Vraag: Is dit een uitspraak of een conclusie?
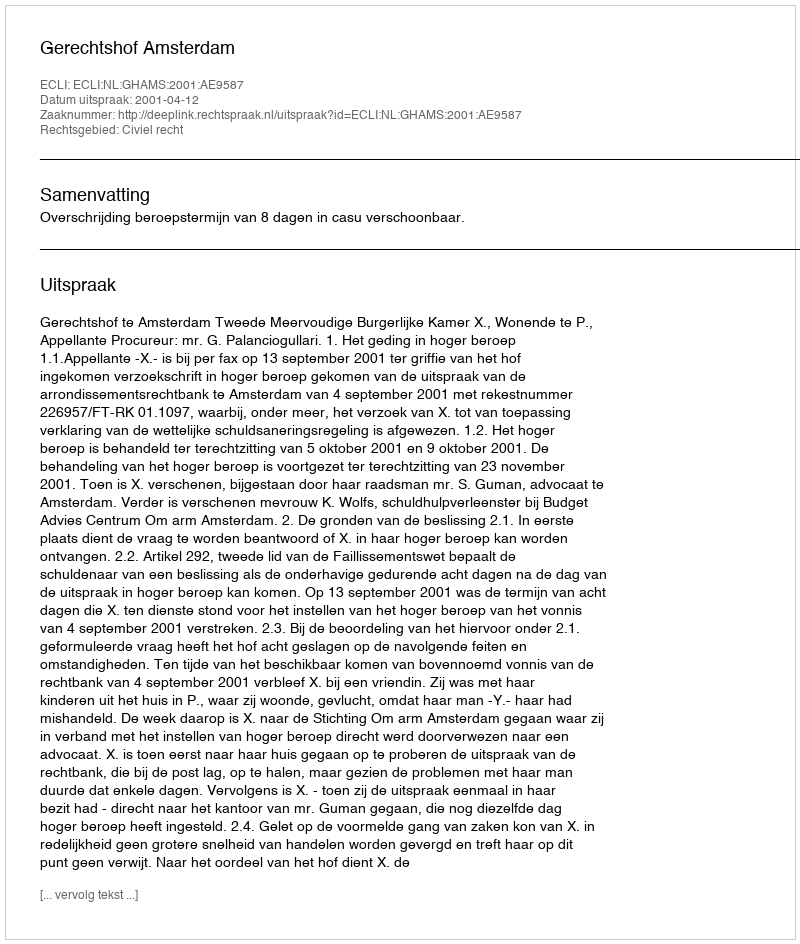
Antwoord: Uitspraak